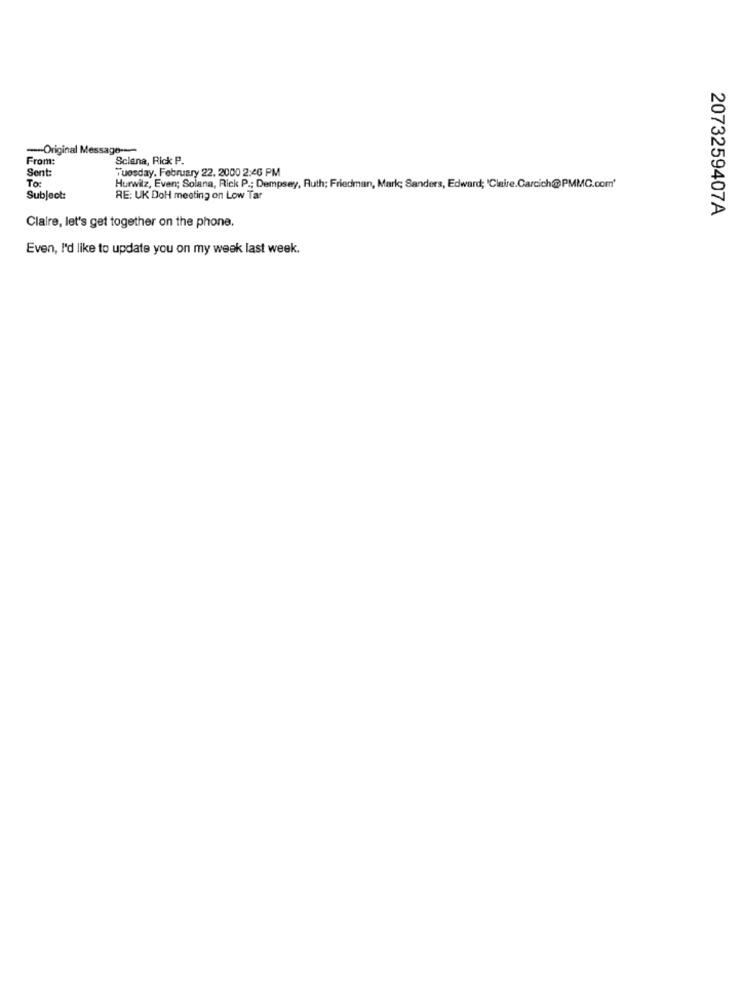
-Original Message ---
From:
Sclena, Rick P.
Sent:
Tuesday, February 22. 2000 2:46 PM
To:
Hurwitz, Even; Solana, Rick P .; Dempsey, Ruth; Friedman, Mark; Sanders, Edward; 'Claire.Carcich@PMMC.com'
Subject:
RE: UK DoH meeting on Low Tar
2073259407A
Claire, let's get together on the phone.
Even, I'd like to update you on my week last week.